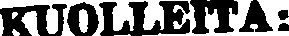
KUOLLEITA: